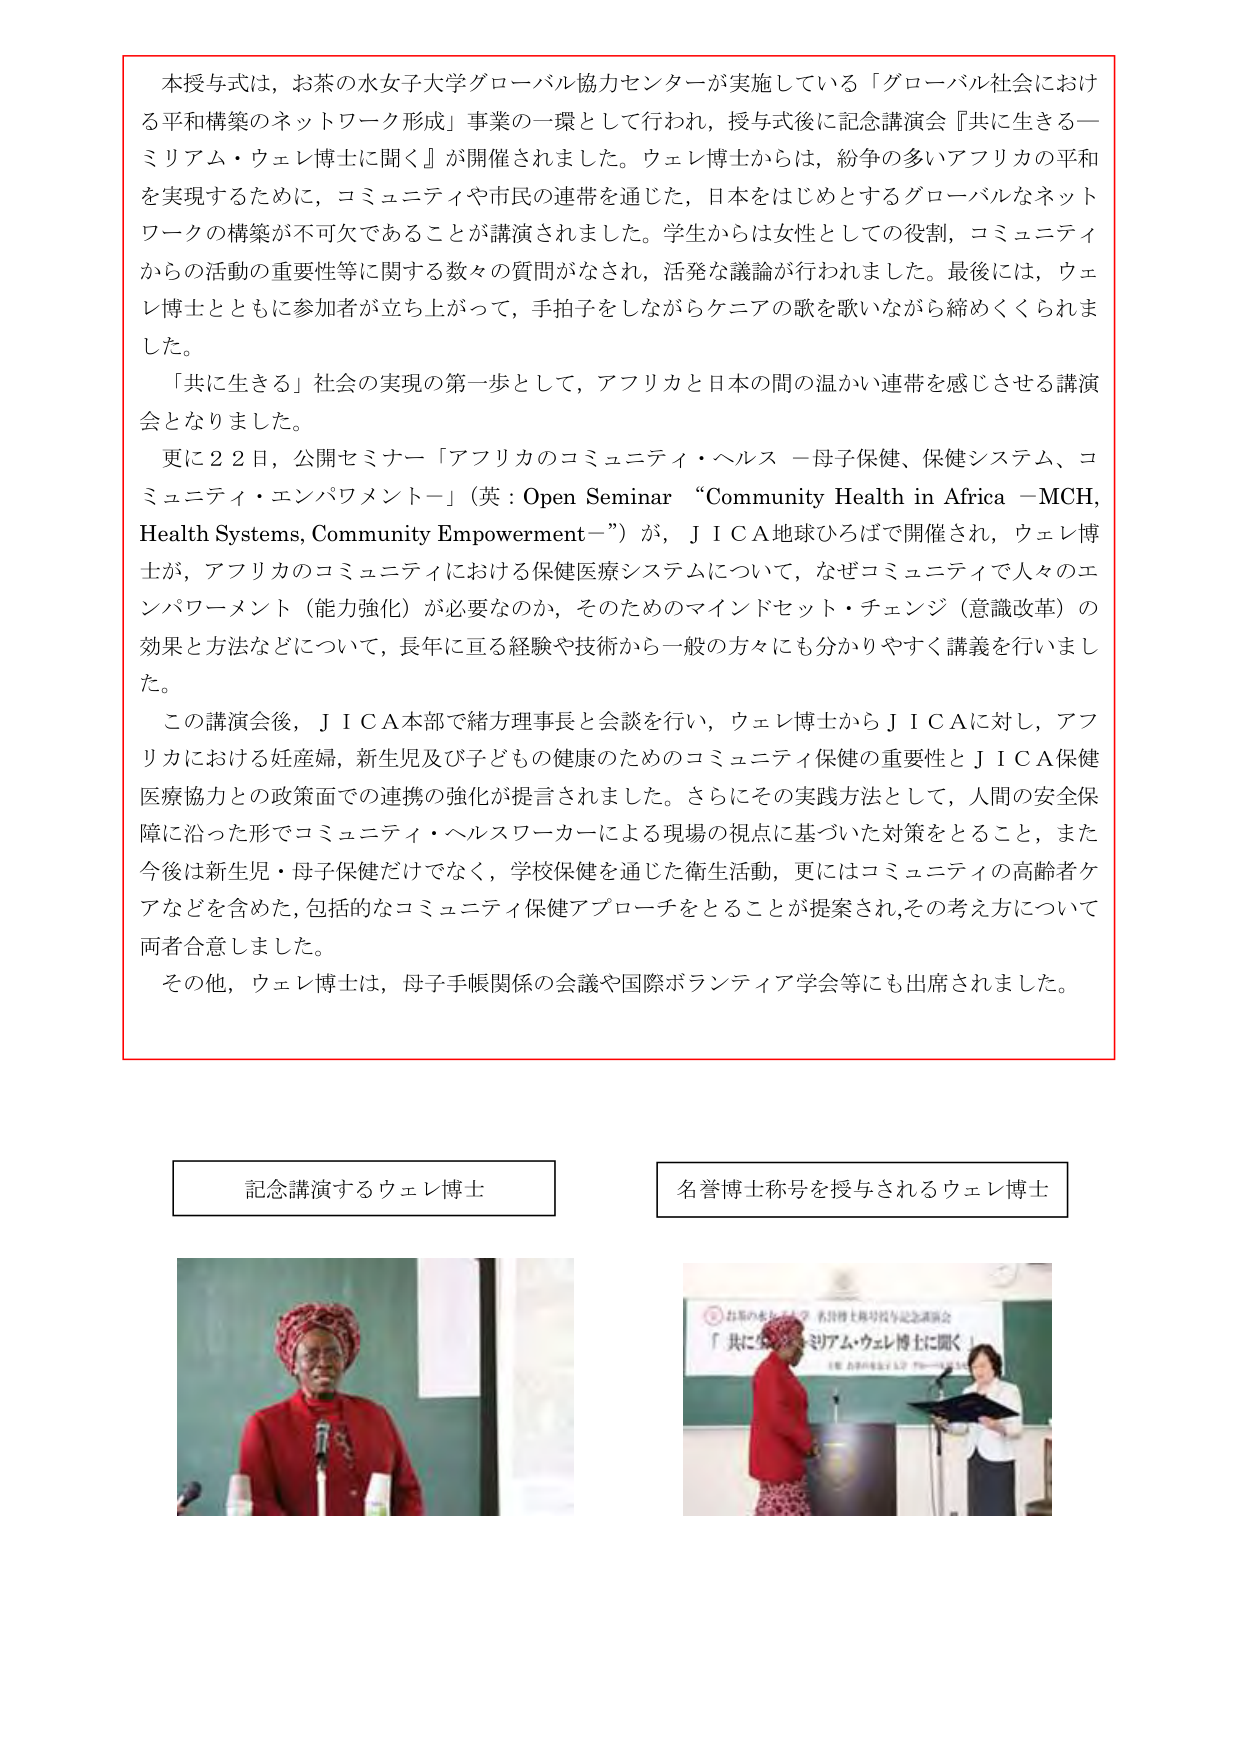
本授与式は、お茶の水女子大学グローバル協力センターが実施している「グローバル社会における平和構築のネットワーク形成」事業の一環として行われ、授与式後に記念講演会『共に生きる―ミリアム・ウェレ博士に聞く』が開催されました。ウェレ博士からは、紛争の多いアフリカの平和を実現するために、コミュニティや市民の連帯を通じた、日本をはじめとするグローバルなネットワークの構築が不可欠であることが講演されました。学生からは女性としての役割、コミュニティからの活動の重要性等に関する数々の質問がなされ、活発な議論が行われました。最後には、ウェレ博士とともに参加者が立ち上がって、手拍子をしながらケニアの歌を歌いながら締めくくられました。

「共に生きる」社会の実現の第一歩として、アフリカと日本の間の温かい連帯を感じさせる講演会となりました。

更に22日、公開セミナー「アフリカのコミュニティ・ヘルス －母子保健、保健システム、コミュニティ・エンパワメント－」（英：Open Seminar “Community Health in Africa －MCH, Health Systems, Community Empowerment－”）が、ＪＩＣＡ地球ひろばで開催され、ウェレ博士が、アフリカのコミュニティにおける保健医療システムについて、なぜコミュニティで人々のエンパワーメント（能力強化）が必要なのか、そのためのマインドセット・チェンジ（意識改革）の効果と方法などについて、長年に亘る経験や技術から一般の方々にも分かりやすく講義を行いました。

この講演会後、ＪＩＣＡ本部で緒方理事長と会談を行い、ウェレ博士からＪＩＣＡに対し、アフリカにおける妊産婦、新生児及び子どもの健康のためのコミュニティ保健の重要性とＪＩＣＡ保健医療協力との政策面での連携の強化が提言されました。さらにその実践方法として、人間の安全保障に沿った形でコミュニティ・ヘルスワーカーによる現場の視点に基づいた対策をとること、また今後は新生児・母子保健だけでなく、学校保健を通じた衛生活動、更にはコミュニティの高齢者ケアなどを含めた、包括的なコミュニティ保健アプローチをとることが提案され、その考え方について両者合意しました。

その他、ウェレ博士は、母子手帳関係の会議や国際ボランティア学会等にも出席されました。

記念講演するウェレ博士

名誉博士称号を授与されるウェレ博士

お茶の水女子大学 名誉博士称号授与記念講演会
「共に生きる―ミリアム・ウェレ博士に聞く」